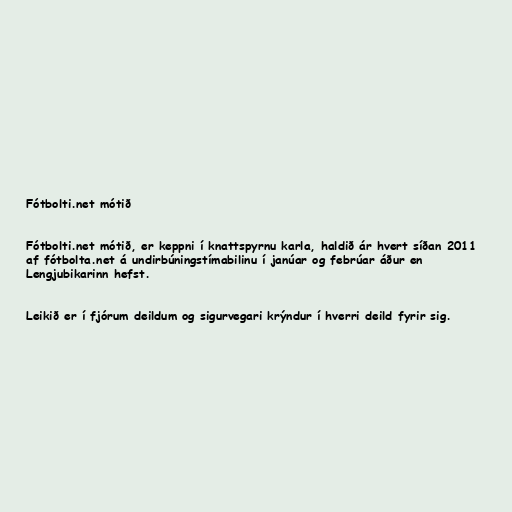
Fótbolti.net mótið

Fótbolti.net mótið, er keppni í knattspyrnu karla, haldið ár hvert síðan 2011
af fótbolta.net á undirbúningstímabilinu í janúar og febrúar áður en
Lengjubikarinn hefst.

Leikið er í fjórum deildum og sigurvegari krýndur í hverri deild fyrir sig.